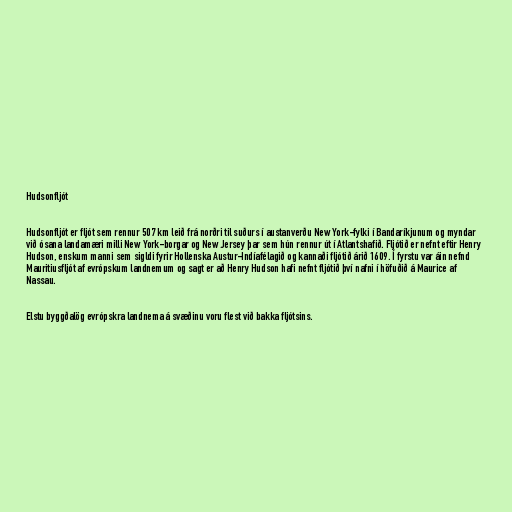
Hudsonfljót

Hudsonfljót er fljót sem rennur 507 km leið frá norðri til suðurs í austanverðu New York-fylki í Bandaríkjunum og myndar
við ósana landamæri milli New York-borgar og New Jersey þar sem hún rennur út í Atlantshafið. Fljótið er nefnt eftir Henry
Hudson, enskum manni sem sigldi fyrir Hollenska Austur-Indíafélagið og kannaði fljótið árið 1609. Í fyrstu var áin nefnd
Mauritiusfljót af evrópskum landnemum og sagt er að Henry Hudson hafi nefnt fljótið því nafni í höfuðið á Maurice af
Nassau.

Elstu byggðalög evrópskra landnema á svæðinu voru flest við bakka fljótsins.